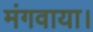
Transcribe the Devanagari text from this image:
मंगवाया।